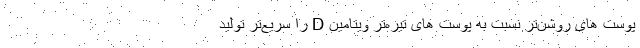
پوست های روشن‌تر نسبت به پوست های تیره‌تر ویتامین D را سریع‌تر تولید